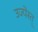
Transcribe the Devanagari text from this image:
उज्पेस्त्